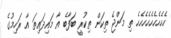
ހެހެހެހެހެހެހެހެހެ ތި މަންޖެ ތިކަން ތިކުރީ ބަފާބެ އާ މައިދައިތަ އާ ރަހިމުގެ